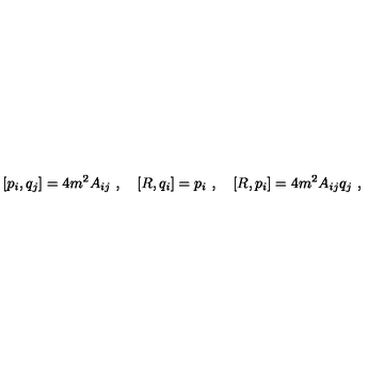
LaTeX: [ p _ { i } , q _ { j } ] = 4 m ^ { 2 } A _ { i j } \ , \quad [ R , q _ { i } ] = p _ { i } \ , \quad [ R , p _ { i } ] = 4 m ^ { 2 } A _ { i j } q _ { j } \ ,